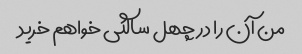
من آن را در چهل سالگی خواهم خرید